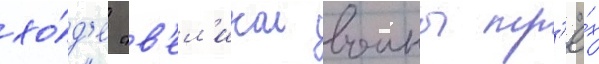
хо́д'е "в'ел'икои воины тр'ё́х